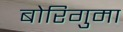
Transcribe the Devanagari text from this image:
बोरिगुमा